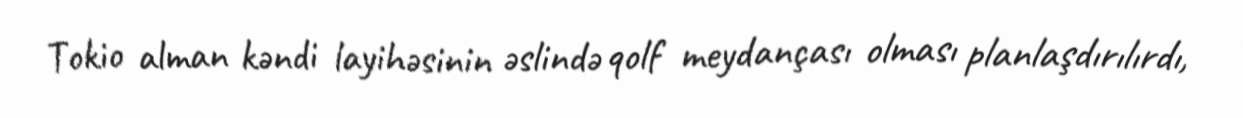
Tokio alman kəndi layihəsinin əslində qolf meydançası olması planlaşdırılırdı,